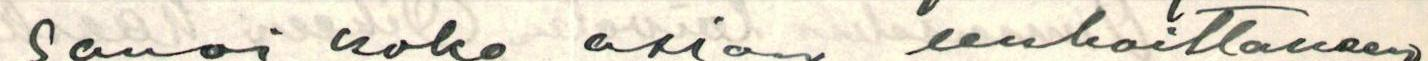
sanoi koko asian unhoittaneen